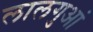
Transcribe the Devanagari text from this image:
लालगुआं